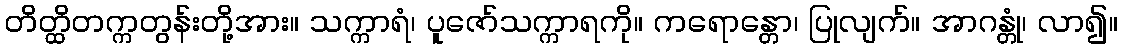
တိတ္ထိတက္ကတွန်းတို့အား။ သက္ကာရံ၊ ပူဇော်သက္ကာရကို။ ကရောန္တော၊ ပြုလျက်။ အာဂန္တုံ၊ လာ၍။